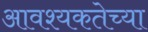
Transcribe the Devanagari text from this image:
आवश्यकतेच्या